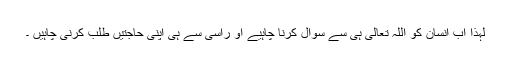
لہذا اب انسان کو اللہ تعالیٰ ہی سے سوال کرنا چاہیے او راُسی سے ہی اپنی حاجتیں طلب کرنی چاہیں ۔